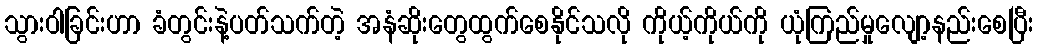
သွားဝါခြင်းဟာ ခံတွင်းနဲ့ပတ်သက်တဲ့ အနံဆိုးတွေထွက်စေနိုင်သလို ကိုယ့်ကိုယ်ကို ယုံကြည်မှုလျော့နည်းစေပြီး